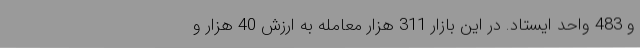
و 483 واحد ایستاد. در این بازار 311 هزار معامله به ارزش 40 هزار و